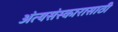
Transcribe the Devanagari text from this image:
अंत्यसंस्कारासाठी